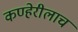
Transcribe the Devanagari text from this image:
कण्हेरीलाच